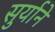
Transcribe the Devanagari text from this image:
सुर्याने